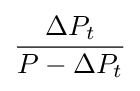
\Delta {P}_{t} \over P-\Delta {P}_{t}